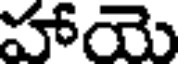
హాయె